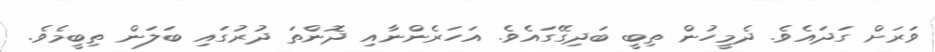
ވަރަށް ގަދައެވެ. ދެމީހުން ތިބީ ބަދިގޭގައެވެ. އަހަރެންނާއި ދޮންތަ ދުރުގައި ބަލަން ތިބީމެވެ.